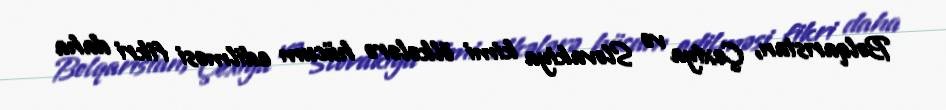
Bolqarıstan, Çexiya və Slovakiya kimi ölkələrə hücum edilməsi fikri daha